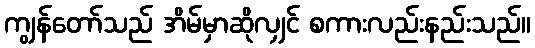
ကျွန်တော်သည် အိမ်မှာဆိုလျှင် စကားလည်းနည်းသည်။